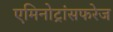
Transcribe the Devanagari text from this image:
एमिनोट्रांसफरेज